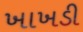
ખાખડી